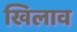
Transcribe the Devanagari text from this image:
खिलाव